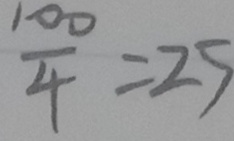
\frac { 1 0 0 } { 4 } = 2 5